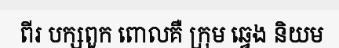
ពីរ បក្សពួក ពោលគឺ ក្រុម ឆ្វេង និយម